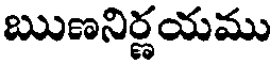
ఋణనిర్ణయము